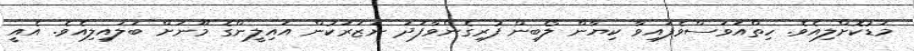
މަޑުކޮށްލިއެވެ. ހިތްއަވަސްވެފައިވާ ކިޔާން ލޯބިން ފުރިގެންވާާފަދަ ނަޒަރަކުން އައިލީންގެ މޫނަށް ބަލައިލިއެވެ. އެއީ